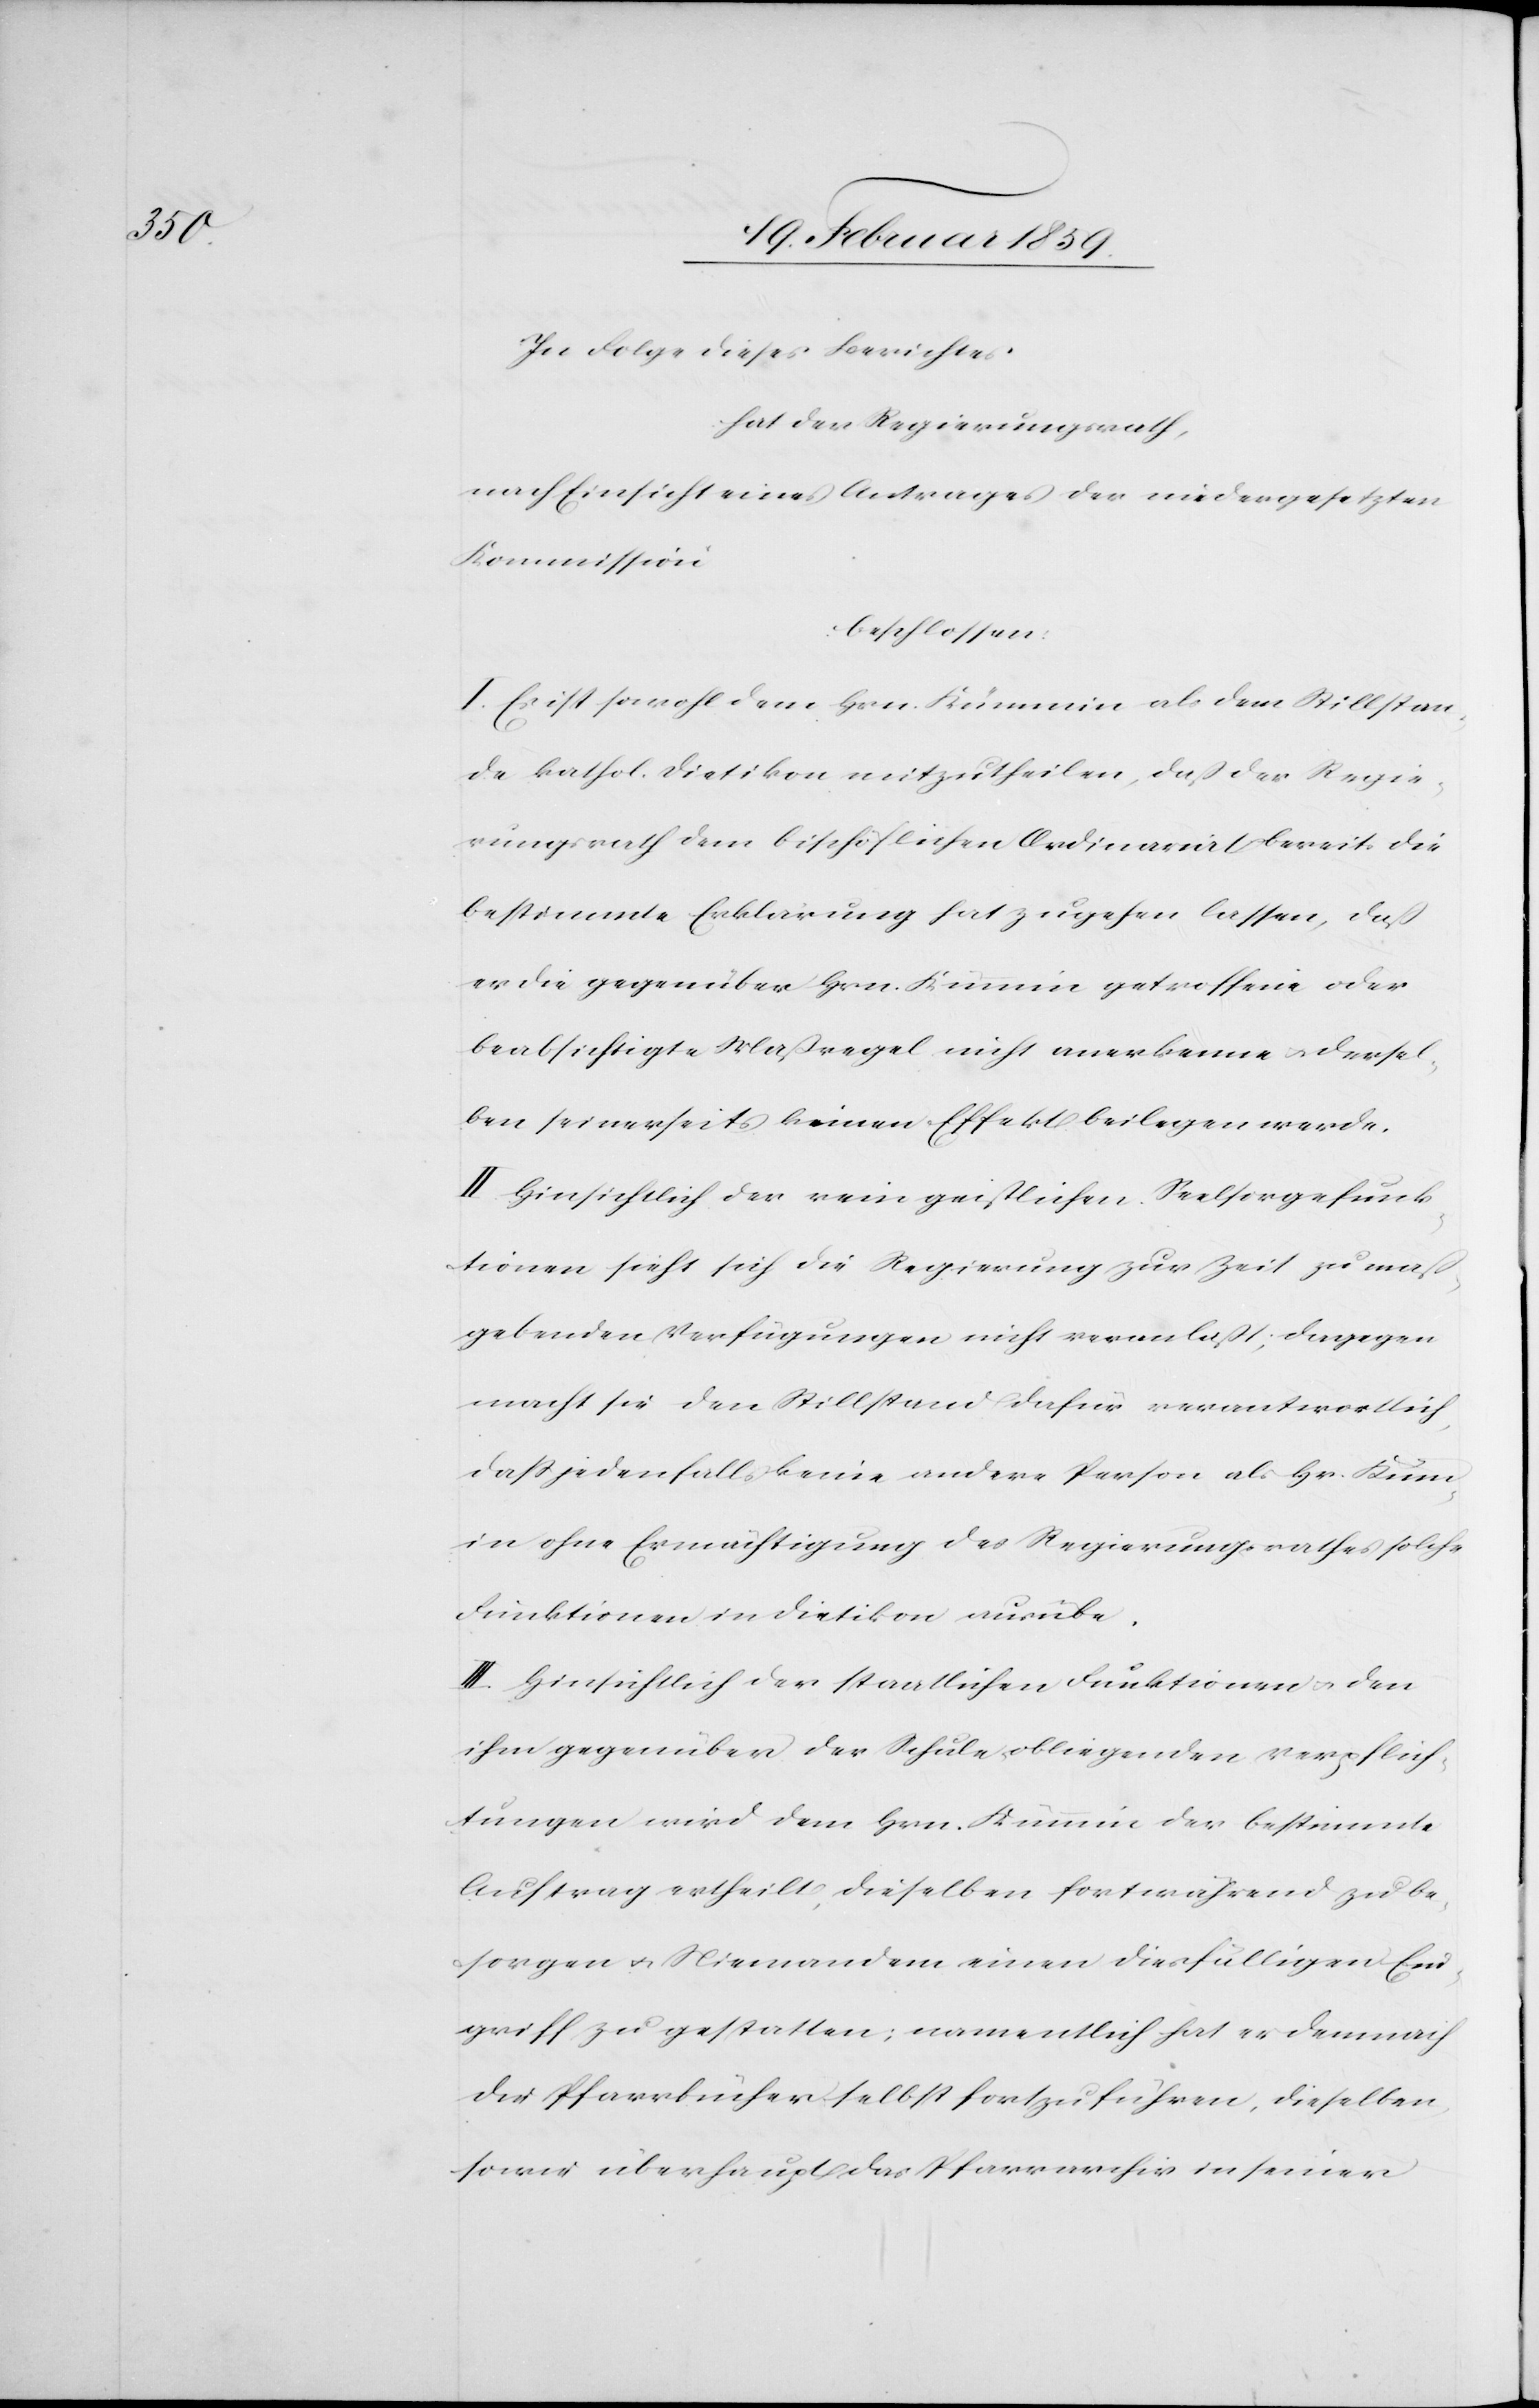
In Folge dieses Berichtes
hat der Regierungsrath,
nach Einsicht eines Antrages der niedergesetzten
Kommission
beschlossen:
I. Es ist sowohl dem Hrn. Kümmin als dem Stillstan¬
de kathol. Dietikon mitzutheilen, daß der Regie¬
rungsrath dem bischöflichen Ordinariat bereits die
bestimmte Erklärung hat zugehen lassen, daß
er die gegenüber Hrn. Kümmin getroffene oder
beabsichtigte Maßregel nicht anerkenne u. dersel¬
ben seinerseits keinen Effekt beilegen werde.
II. Hinsichtlich der rein geistlichen Seelsorgefunk¬
tionen sieht sich die Regierung zur Zeit zu maß¬
gebenden Verfügungen nicht veranlaßt; dagegen
macht sie den Stillstand dafür verantwortlich,
daß jedenfalls keine andere Person als Hr. Kümm¬
in ohne Ermächtigung des Regierungsrathes solche
Funktionen in Dietikon ausübe.
III. Hinsichtlich der staatlichen Funktionen u. den
ihm gegenüber der Schule obliegenden Verpflich¬
tungen wird dem Hrn. Kümmin der bestimmte
Auftrag ertheilt, dieselben fortwährend zu be¬
sorgen u. Niemandem einen diesfälligen Ein¬
griff zu gestatten; namentlich hat er demnach
die Pfarrbücher selbst fortzuführen, dieselben,
sowie überhaupt das Pfarrarchiv in seiner